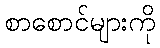
စာစောင်များကို